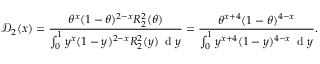
\mathcal { D } _ { 2 } ( x ) = \frac { \theta ^ { x } ( 1 - \theta ) ^ { 2 - x } R _ { 2 } ^ { 2 } ( \theta ) } { \int _ { 0 } ^ { 1 } y ^ { x } ( 1 - y ) ^ { 2 - x } R _ { 2 } ^ { 2 } ( y ) \, \mathrm { ~ d ~ } y } = \frac { \theta ^ { x + 4 } ( 1 - \theta ) ^ { 4 - x } } { \int _ { 0 } ^ { 1 } y ^ { x + 4 } ( 1 - y ) ^ { 4 - x } \, \mathrm { ~ d ~ } y } .